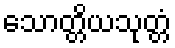
သောတ္တိယသုတ္တံ